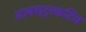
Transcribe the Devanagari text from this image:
आबस्ट्रकटिव